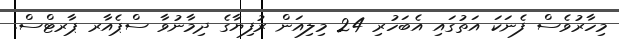
މިހާރުވެސް ފެނަކަ އަތުގައި އެބަހުރި 24 މިލިއަން ރުފިޔާގެ ދިމާނުވާ ސްޕެއާރ ޕާރޓްސް.